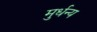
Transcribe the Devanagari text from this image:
मुर्धन्य